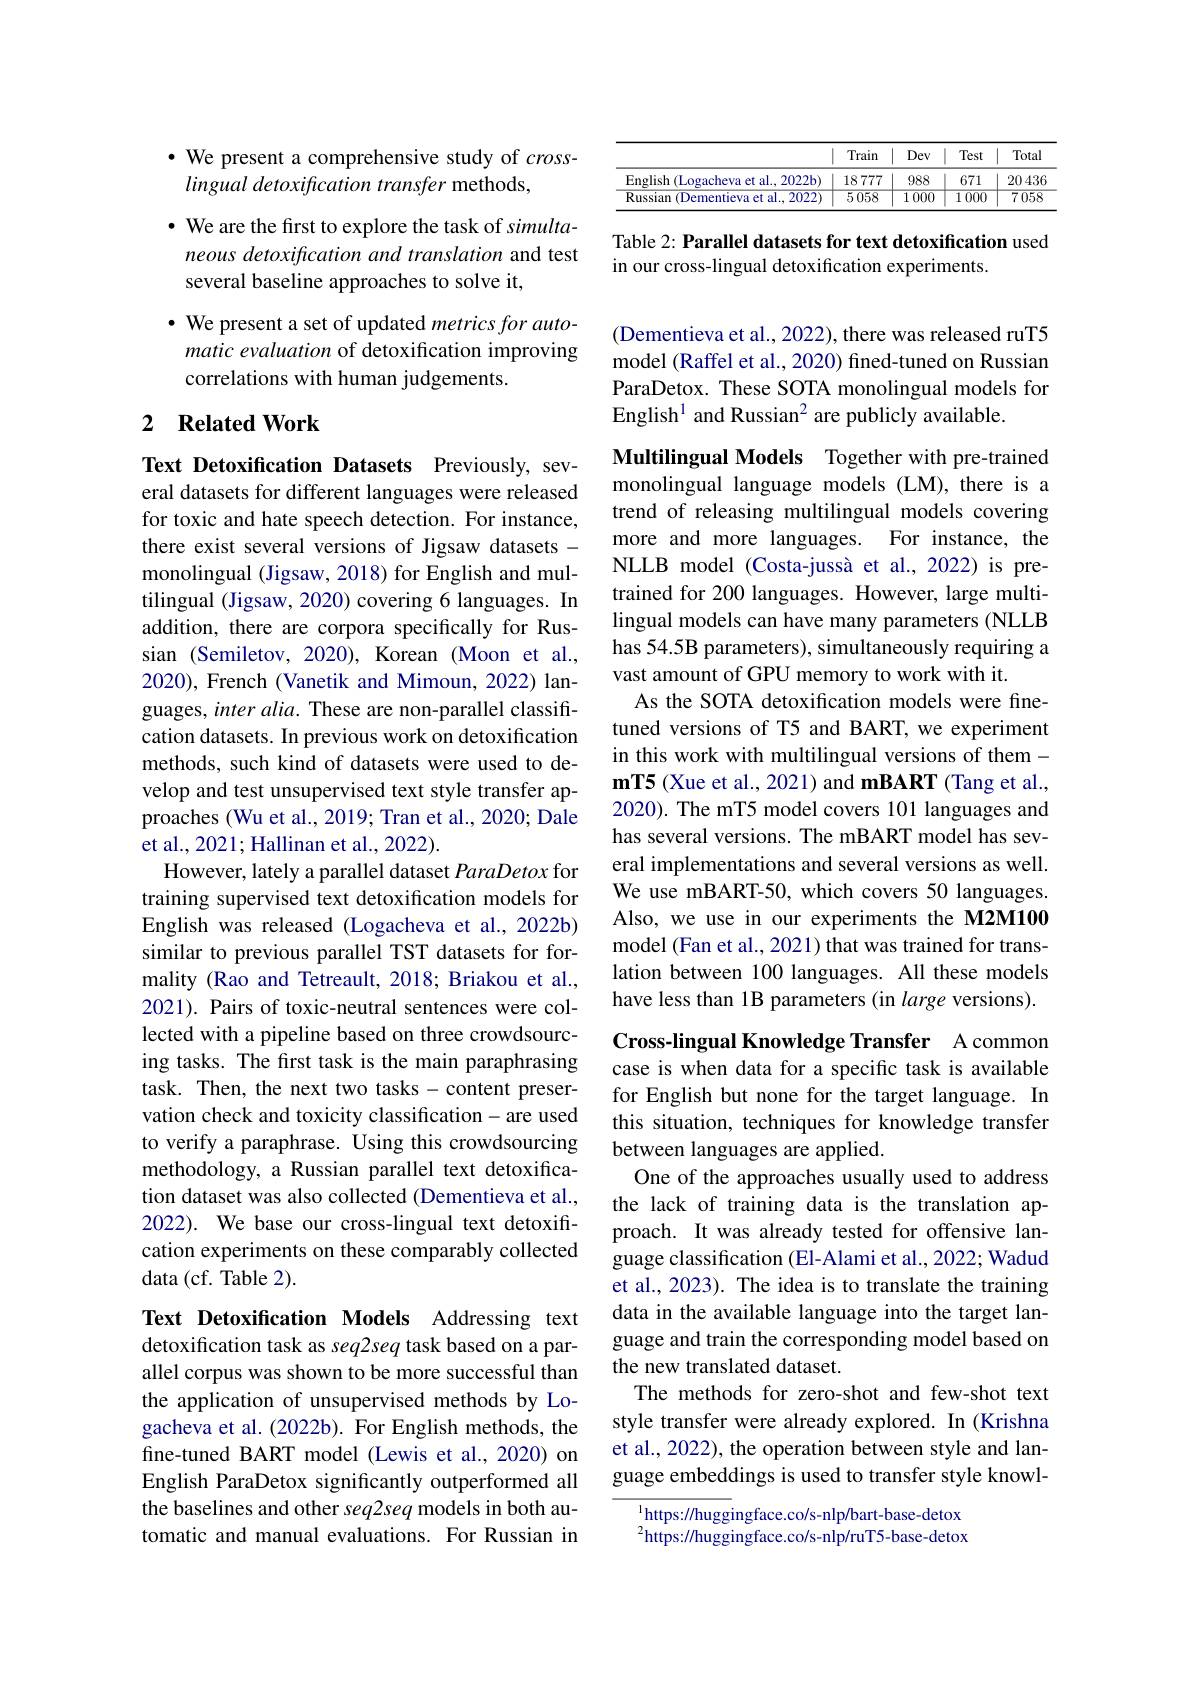
$\cdot$ We present a comprehensive study of $cross-$
lingual detoxification transfer methods,

· We are the first to explore the task of simultaneous detoxification and translation and test several baseline approaches to solve it,

$\bullet$ We present a set of updated metrics for automatic evaluation of detoxification improving correlations with human judgements.

## 2 $\textbf{Related Work}$

Text Detoxification Datasets Previously, several datasets for different languages were released for toxic and hate speech detection. For instance, there exist several versions of Jigsaw datasets - monolingual (Jigsaw, 2018) for English and multilingual (Jigsaw, 2020) covering 6 languages. In addition, there are corpora specifically for Russian (Semiletov, 2020), Korean (Moon et al., 2020), French (Vanetik and Mimoun, 2022) languages, inter alia. These are non-parallel classification datasets. In previous work on detoxification methods, such kind of datasets were used to develop and test unsupervised text style transfer approaches (Wu et al., 2019; Tran et al., 2020; Dale et al., 2021; Hallinan et al., 2022).
However, lately a parallel dataset ParaDetox for training supervised text detoxification models for English was released (Logacheva et al.,2022b) similar to previous parallel TST datasets for formality (Rao and Tetreault, 2018; Briakou et al., 2021). Pairs of toxic-neutral sentences were collected with a pipeline based on three crowdsourcing tasks. The first task is the main paraphrasing task. Then, the next two tasks-content preservation check and toxicity classification-are used to verify a paraphrase. Using this crowdsourcing methodology, a Russian parallel text detoxification dataset was also collected (Dementieva et al., 2022). We base our cross-lingual text detoxification experiments on these comparably collected data (cf. Table 2).

Text Detoxification Models Addressing text detoxification task as seq2seq task based on a parallel corpus was shown to be more successful than the application of unsupervised methods by Logacheva et al. (2022b). For English methods, the fine-tuned BART model (Lewis et al., 2020) on English ParaDetox significantly outperformed all the baselines and other seq2seq models in both automatic and manual evaluations. For Russian in

<table>
	<tbody>
		<tr>
			<th> </th>
			<th>Train</th>
			<th>Dev</th>
			<th>Test</th>
			<th>Total</th>
		</tr>
		<tr>
			<td>English (Logacheva et al., 2022b)</td>
			<td>18777</td>
			<td>988</td>
			<td>671</td>
			<td>20436</td>
		</tr>
		<tr>
			<td>$\overline{(\text{Dementieva et al., 2022})}$ Russian</td>
			<td>5058</td>
			<td>$\overline{1000}$</td>
			<td>$\overline{1000}$</td>
			<td>$\overline{7058}$</td>
		</tr>
	</tbody>
</table>

Table 2: Parallel datasets for text detoxification used
in our cross-lingual detoxification experiments.

(Dementieva et al., 2022), there was released ruT5 model (Raffel et al., 2020) fined-tuned on Russian ParaDetox. These SOTA monolingual models for English$^1$ and Russian$^2$ are publicly available.

Multilingual Models Together with pre-trained monolingual language models (LM), there is a trend of releasing multilingual models covering more and more languages. For instance, the NLLB model (Costa-jussà et al.,2022) is pretrained for 200 languages. However, large multilingual models can have many parameters (NLLB has 54.5B parameters), simultaneously requiring a vast amount of GPU memory to work with it.
As the SOTA detoxification models were finetuned versions of T5 and BART, we experiment in this work with multilingual versions of them - $\mathbf{mT5}$ (Xue et al., 2021) and mBART (Tang et al., 2020). The mT5 model covers 101 languages and has several versions. The mBART model has several implementations and several versions as well. We use mBART-50, which covers 50 languages. Also, we use in our experiments the M2M100 model (Fan et al., 2021) that was trained for translation between 100 languages. All these models have less than 1B parameters (in large versions).

Cross-lingual Knowledge Transfer A common case is when data for a specific task is available for English but none for the target language. In this situation, techniques for knowledge transfer between languages are applied.
One of the approaches usually used to address the lack of training data is the translation approach. It was already tested for offensive language classification (El-Alami et al., 2022; Wadud et al., 2023). The idea is to translate the training data in the available language into the target language and train the corresponding model based on the new translated dataset.
The methods for zero-shot and few-shot text style transfer were already explored. In (Krishna et al., 2022), the operation between style and language embeddings is used to transfer style knowl-

$^{1}$https://huggingface.co/s-nlp/bart-base-detox $^{2}$https://huggingface.co/s-nlp/ruT5-base-detox